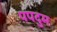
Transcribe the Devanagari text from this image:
पपदुम